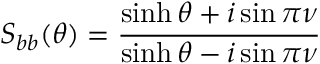
S _ { b b } ( \theta ) = \frac { \sinh \theta + i \sin \pi \nu } { \sinh \theta - i \sin \pi \nu }